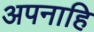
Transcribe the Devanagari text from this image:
अपनाहि